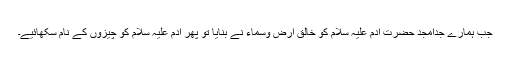
جب ہمارے جدامجد حضرت آدم علیہ سلام کو خالق ارض وسماء نے بنایا تو پھر آدم علیہ سلام کو چیزوں کے نام سکھائیے۔